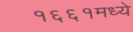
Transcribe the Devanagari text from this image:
१६६१मध्ये